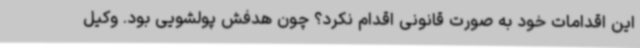
این اقدامات خود به صورت قانونی اقدام نکرد؟ چون هدفش پولشویی بود. وکیل